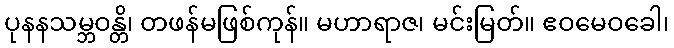
ပုနနသမ္ဘဝန္တိ၊ တဖန်မဖြစ်ကုန်။ မဟာရာဇ၊ မင်းမြတ်။ ဧဝမေဝခေါ၊